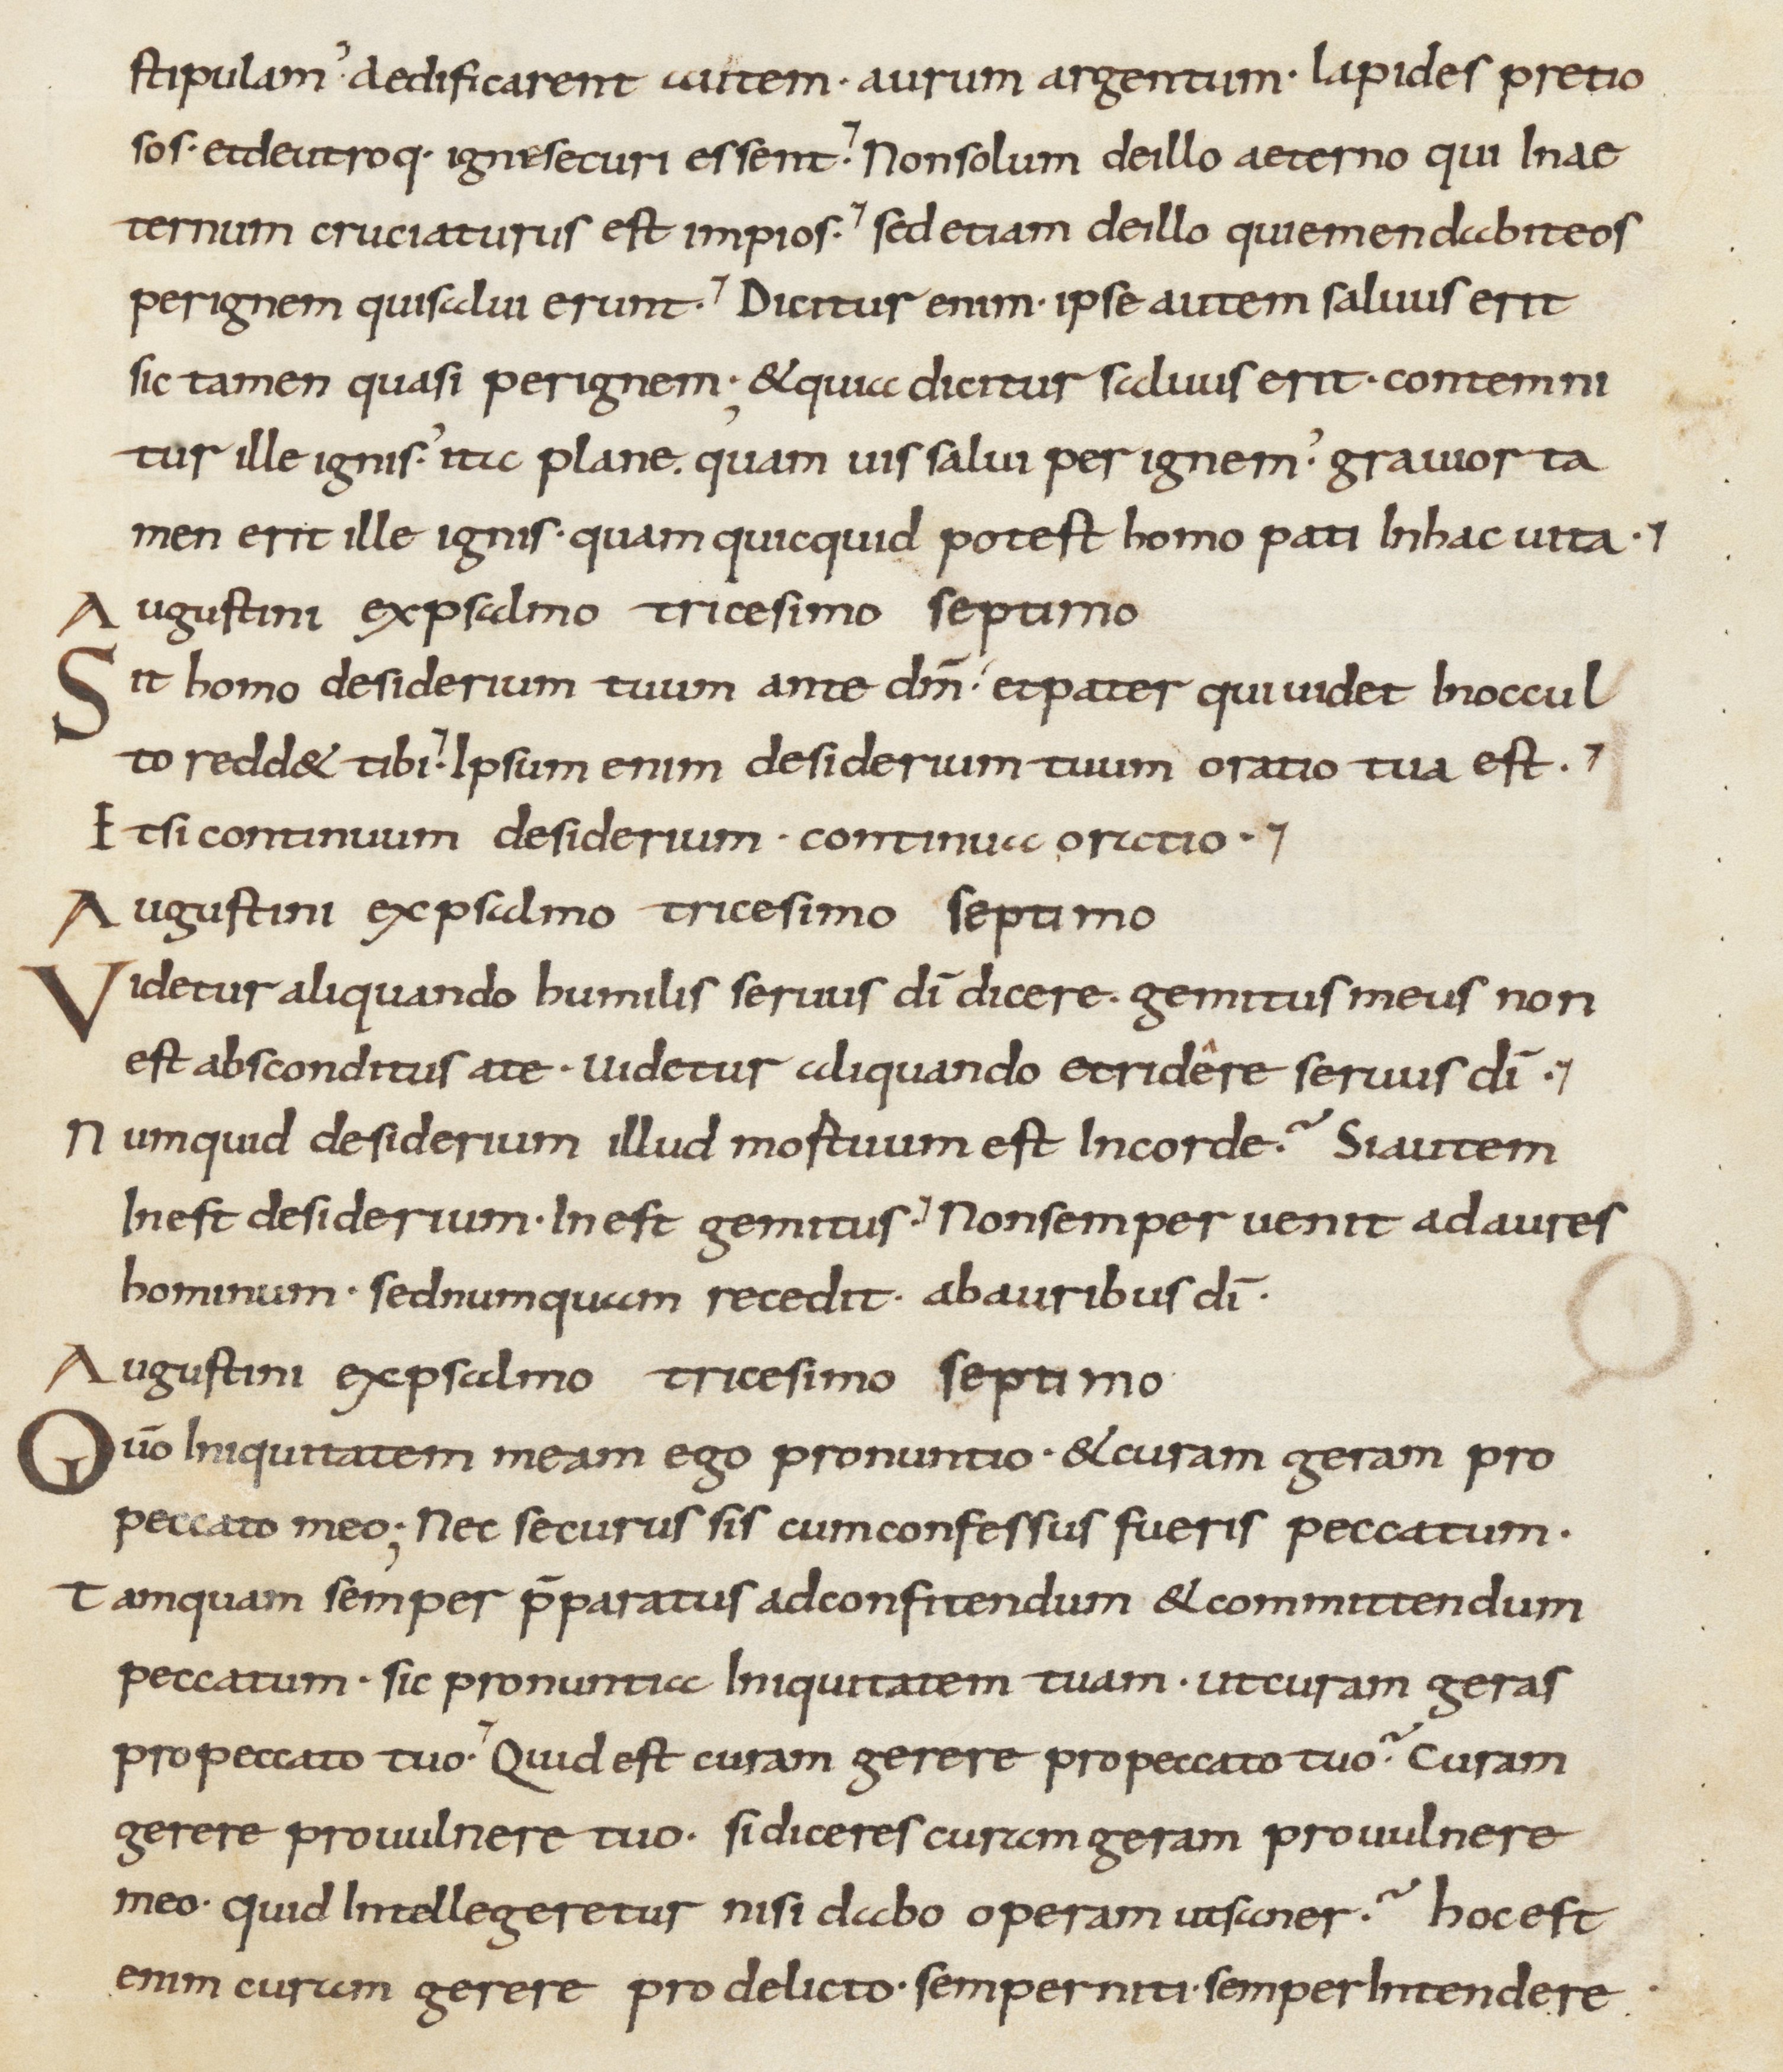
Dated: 800–899